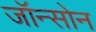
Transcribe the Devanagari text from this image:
जॉन्सोन